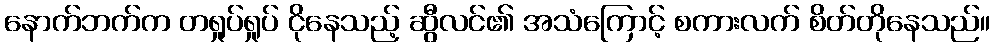
နောက်ဘက်က တရှုပ်ရှုပ် ငိုနေသည့် ဆွီလင်၏ အသံကြောင့် စကားလက် စိတ်တိုနေသည်။